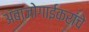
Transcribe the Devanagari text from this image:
अंबाजोगाईकरांचे